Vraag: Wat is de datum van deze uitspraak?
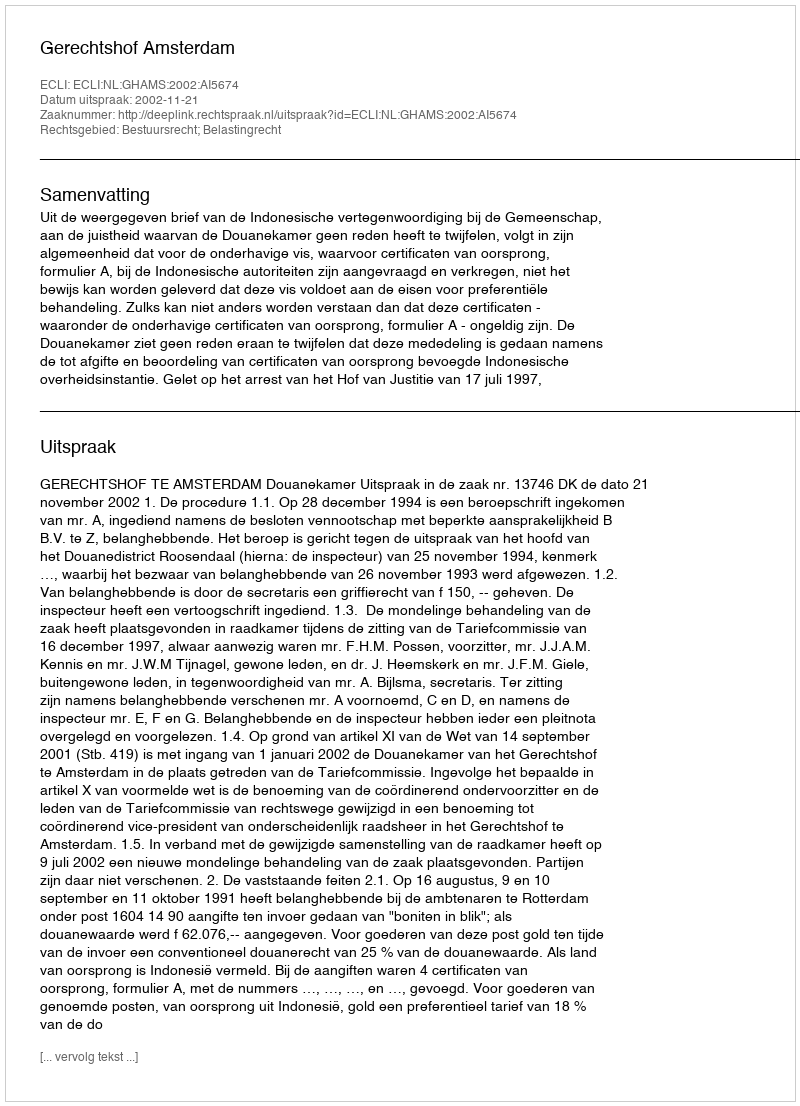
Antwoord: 2002-11-21